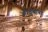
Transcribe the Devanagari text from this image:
भोंदुबाबा